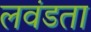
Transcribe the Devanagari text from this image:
लवंडता